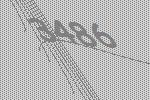
3486